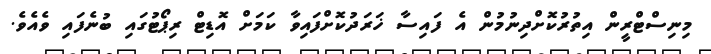
މިނިސްޓްރީން އިތުރުކޮށްދިނުމުން އެ ފައިސާ ޚަރަދުކޮށްފައިވާ ކަމަށް އޮޑިޓް ރިޕޯޓުގައި ބުނެފައި ވެއެވެ.